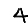
Digit: 4